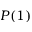
P ( 1 )